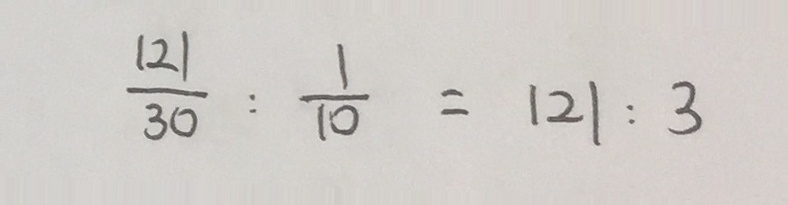
\frac { 1 2 1 } { 3 0 } : \frac { 1 } { 1 0 } = 1 2 1 : 3